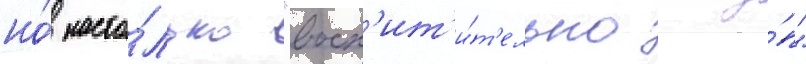
но́ насто́лько "восх'ит'и́т'ельно глу́п"